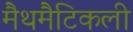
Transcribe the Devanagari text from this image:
मैथमैटिकली